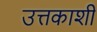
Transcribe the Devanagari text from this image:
उत्तकाशी